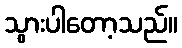
သွားပါတော့သည်။